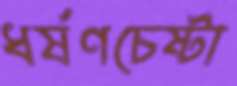
ধর্ষণচেষ্টা